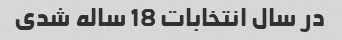
در سال انتخابات 18 ساله شدی